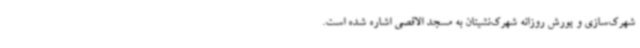
شهرک‌سازی و یورش روزانه شهرک‌نشینان به مسجد الاقصی اشاره شده است.